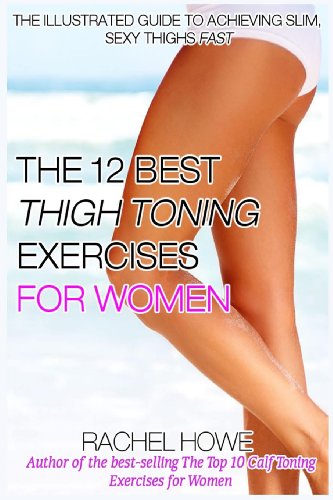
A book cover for The 12 Best Thigh Toning Exercises for Women: The Illustrated Guide to Achieving Slim, Sexy Thighs FAST (Fitness Model Physique Series); Rachel Howe; Health, Fitness & Dieting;